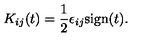
K _ { i j } ( t ) = \frac { 1 } { 2 } \epsilon _ { i j } \mathrm { s i g n } ( t ) .